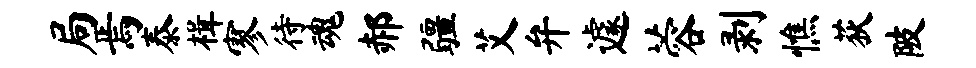
局焉泰楫寥待魂郝疆艾弁遽蓉剥憔荻陂